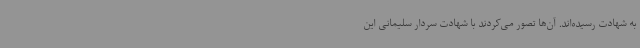
به شهادت رسیده‌اند. آن‌ها تصور می‌کردند با شهادت سردار سلیمانی این